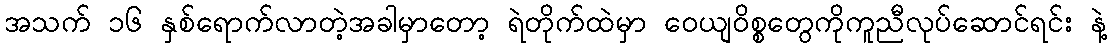
အသက် ၁၆ နှစ်ရောက်လာတဲ့အခါမှာတော့ ရဲတိုက်ထဲမှာ ဝေယျဝိစ္စတွေကိုကူညီလုပ်ဆောင်ရင်း နဲ့